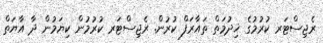
ރެޖިސްޓަރ ކުރުމުގެ ޚިދުމަތް ތައާރަފް ކުރުން. ރެޖިސްޓަރ ކުރުމުން ކިޔަމުން ދާ އާޔަތް